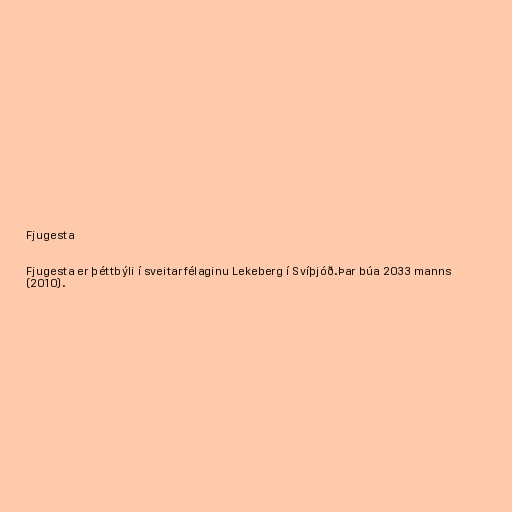
Fjugesta

Fjugesta er þéttbýli í sveitarfélaginu Lekeberg í Svíþjóð.Þar búa 2033 manns
(2010).